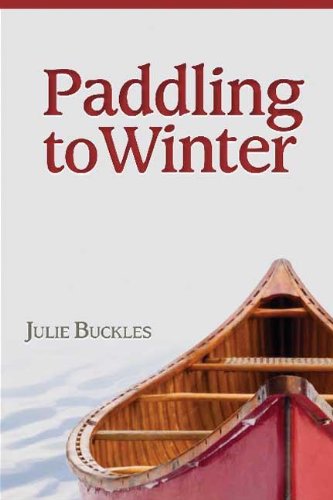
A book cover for Paddling to Winter; Julie Buckles; Sports & Outdoors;